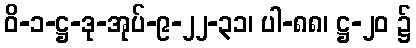
ဝိ-၁-ဋ္ဌ-ဒု-အုပ်-၉-၂၂-၃၁၊ ပါ-၈၈၊ ဋ္ဌ-၂၀ ၌